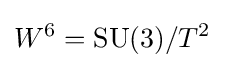
W^{6}=\operatorname {SU} (3)/T^{2}